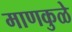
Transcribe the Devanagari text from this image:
माणकुळे